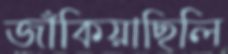
জাঁকিয়াছিলি